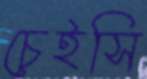
চেইসি